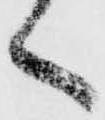
く